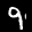
Label: 9